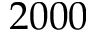
2 0 0 0